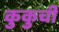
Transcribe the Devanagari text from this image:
कुकुची